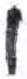
אות: י